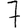
Digit: 7